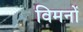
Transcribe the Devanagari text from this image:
विमनों